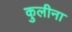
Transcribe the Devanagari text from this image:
कुलीना